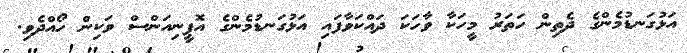
އަޅުގަނޑުމެންގެ ދެތިން ހަތަރު މީހަކާ ވާހަކަ ދައްކަވާފައި އަޅުގަނޑުމެންގެ އޮޕީނިއަންސް ވަކިން ހޯއްދެވި.